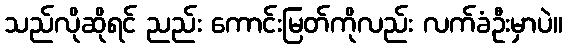
သည်လိုဆိုရင် ညည်း ကောင်းမြတ်ကိုလည်း လက်ခံဦးမှာပဲ။